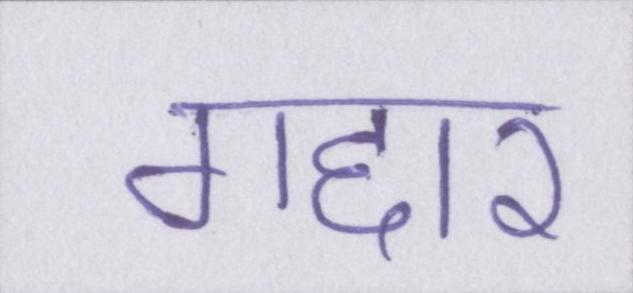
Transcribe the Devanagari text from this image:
गद्दार